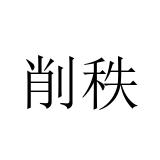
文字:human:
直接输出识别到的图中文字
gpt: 削秩